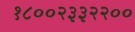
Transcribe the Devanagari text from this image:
१८००२३३२२००